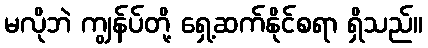
မလိုဘဲ ကျွန်ပ်တို့ ရှေ့ဆက်နိုင်စရာ ရှိသည်။